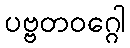
ပဗ္ဗတဝဂ္ဂေါ